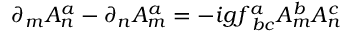
\partial _ { m } A _ { n } ^ { a } - \partial _ { n } A _ { m } ^ { a } = - i g f _ { ~ b c } ^ { a } A _ { m } ^ { b } A _ { n } ^ { c }